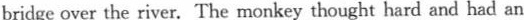
bridge over the river. The monkey thought hard and had an